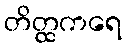
တိတ္ထကရေ